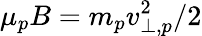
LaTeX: \mu_{p}B=m_{p}v_{\perp,p}^{2}/2